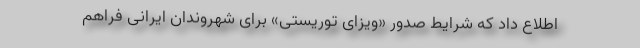
اطلاع داد که شرایط صدور «ویزای توریستی» برای شهروندان ایرانی فراهم